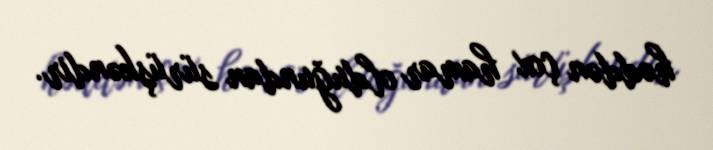
həddən çox hamar olduğundan sürüşkəndir.